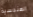
الهندسية